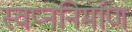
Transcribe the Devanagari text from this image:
स्वप्ननिर्माण